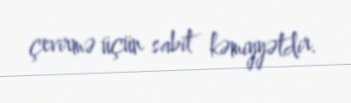
çevirmə üçün sabit kəmiyyətdir.